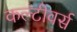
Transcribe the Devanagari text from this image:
कल्टीवर्स